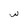
Character: w